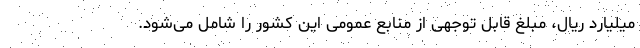
میلیارد ریال، مبلغ قابل توجهی از منابع عمومی این کشور را شامل می‌شود.